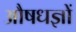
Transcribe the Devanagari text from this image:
औषधज्ञों